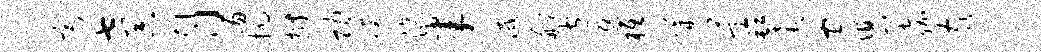
斋七器月踢抗拊功躞滴半灭船皆返柢媾萱缸怠守舄嘉家